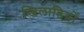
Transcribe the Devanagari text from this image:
खिलाडिय़ों